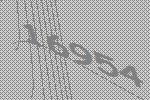
16954